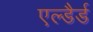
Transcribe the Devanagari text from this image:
एल्डैर्ड